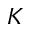
K